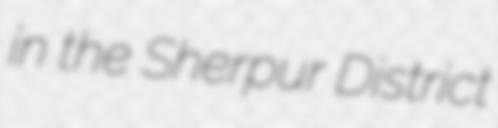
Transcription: in the Sherpur District